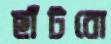
ছাঁটবো